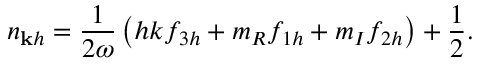
n _ { \mathbf { k } h } = \frac { 1 } { 2 \omega } \left( h { k } f _ { 3 h } + m _ { R } f _ { 1 h } + m _ { I } f _ { 2 h } \right) + \frac { 1 } { 2 } .